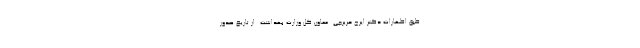
طبق اظهارات دکتر ایرج حریرچی ـ معاون کل وزارت بهداشت ـ ‌از تاریخ صدور